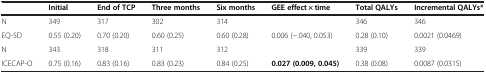
|  | Initial | End of TCP | Three months | Six months | GEE effect × time | Total QALYs | Incremental QALYs* |
 | --- | --- | --- | --- | --- | --- | --- | --- |
 | N | 349 | 317 | 302 | 314 |  | 346 | 346 |
 | EQ-5D | 0.55 (0.20) | 0.70 (0.20) | 0.60 (0.25) | 0.60 (0.28) | 0.006 (−.040, 0.053) | 0.28 (0.10) | 0.0021 (0.0469) |
 | N | 343 | 318 | 311 | 312 |  | 339 | 339 |
 | ICECAP-O | 0.75 (0.16) | 0.83 (0.16) | 0.83 (0.23) | 0.84 (0.25) | 0.027 (0.009, 0.045) | 0.38 (0.08) | 0.0087 (0.0315) |